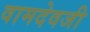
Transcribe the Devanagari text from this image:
वामदेवजी